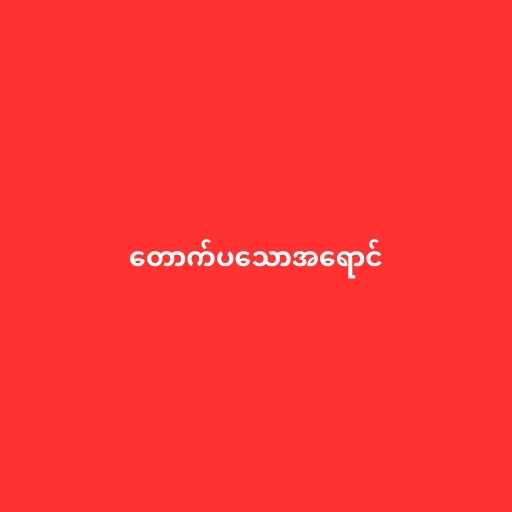
တောက်ပသောအရောင်